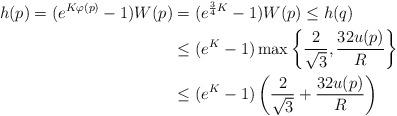
LaTeX: \begin{align*}h(p) = (e^{K\varphi(p)} -1) W(p) &= (e^{\frac{3}{4}K} -1)W(p) \le h(q) \\&\le (e^K - 1) \max\left\{ \frac{2}{\sqrt{3}}, \frac{32 u(p)}{R} \right\} \\&\le (e^K-1)\left(\frac{2}{\sqrt{3}}+\frac{32 u(p)}{R}\right)\end{align*}